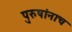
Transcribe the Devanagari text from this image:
पुरुषांनाच